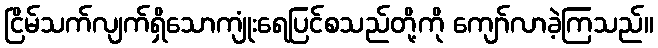
ငြိမ်သက်လျက်ရှိသောကျုံးရေပြင်စသည်တို့ကို ကျော်လာခဲ့ကြသည်။